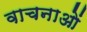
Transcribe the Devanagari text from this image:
वाचनाओं